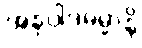
အနုပ္ပါဒဓမ္မာနိ